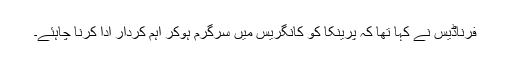
فرناڈيس نے کہا تھا کہ پرینکا کو کانگریس میں سرگرم ہوکر اہم کردار ادا کرنا چاہئے۔